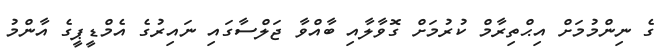
ގެ ނިންމުމަށް އިޙްތިރާމް ކުރުމަށް ގޮވާލާއި ބާއްވާ ޖަލްސާގައި ނައިރުގެ އެމްޑީޕީގެ އާންމު